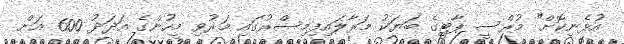
އުޅެނިކޮށް" މުރްސީ ޕާޓީގެ ބަޔަކު މަރާލައިފިމިސްރުގައި މަރުވި މީހުންގެ އަދަދު 600 އަށް